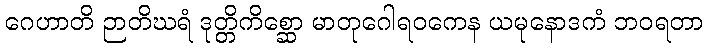
ဂေဟာတိ ဉာတိဃရံ ဒုတ္တိကိစ္ဆော မာတုဂေါရဝကေန ယမုနောဒကံ ဘဝရတာ